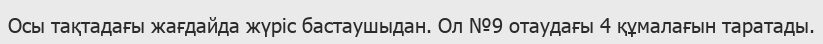
Осы тақтадағы жағдайда жүріс бастаушыдан. Ол №9 отаудағы 4 құмалағын таратады.